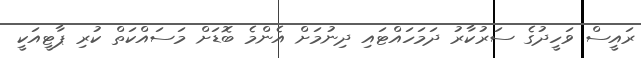
ރައީސް ވަހީދުގެ ސަރުކާރު ދަމަހައްޓައި ދިނުމަށް އެންމެ ބޮޑަށް މަސައްކަތް ކުރި ޕާޓީއަކީ